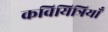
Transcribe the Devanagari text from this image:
कवियित्रियाँ